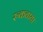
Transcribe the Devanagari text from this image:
रुकवाया